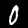
Digit: 0